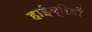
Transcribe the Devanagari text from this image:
हाईब्रिडों